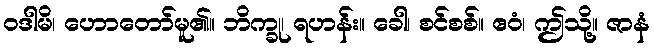
ဝဒါမိ၊ ဟောတော်မူ၏။ ဘိက္ခု၊ ရဟန်း။ ခေါ၊ စင်စစ်။ ဧဝံ၊ ဤသို့။ ဇာနံ